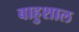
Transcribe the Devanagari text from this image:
बाहुशाल